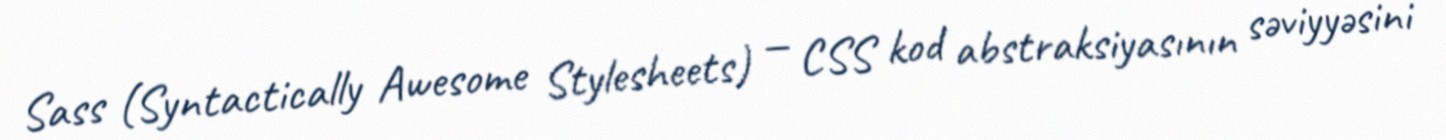
Sass (Syntactically Awesome Stylesheets) — CSS kod abstraksiyasının səviyyəsini